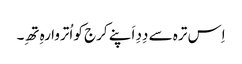
اِس ترہ سے دِدِ اَپنے کرج کو اُتروا رہِ تھِ۔